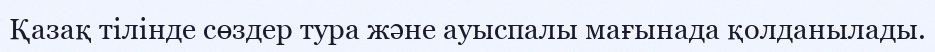
Қазақ тілінде сөздер тура және ауыспалы мағынада қолданылады.